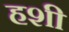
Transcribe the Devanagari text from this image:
हशी